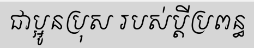
ជាប្អូនប្រុស របស់ប្តីប្រពន្ធ